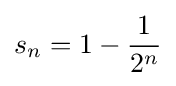
s_{n}=1-{\frac {1}{2^{n}}}